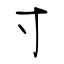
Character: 寸